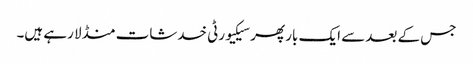
جس کے بعد سے ایک بار پھر سیکیورٹی خدشات منڈلا رہے ہیں۔